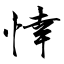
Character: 悻